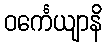
ဝင်္ကေယျာနိ